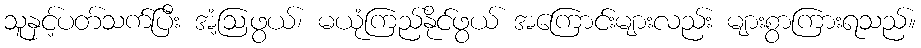
သူနှင့်ပတ်သက်ပြီး အံ့ဩဖွယ်၊ မယုံကြည်နိုင်ဖွယ် အကြောင်းများလည်း များစွာကြားရသည်။